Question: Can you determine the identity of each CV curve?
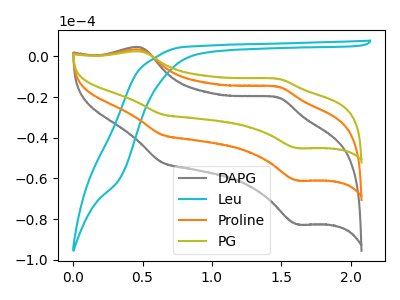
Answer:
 <answer>The gray curve is labeled "DAPG". The cyan curve is labeled "Leu". The orange curve is labeled "Proline". The olive curve is labeled "PG".</answer>
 <eval></eval>